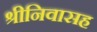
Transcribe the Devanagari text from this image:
श्रीनिवासह